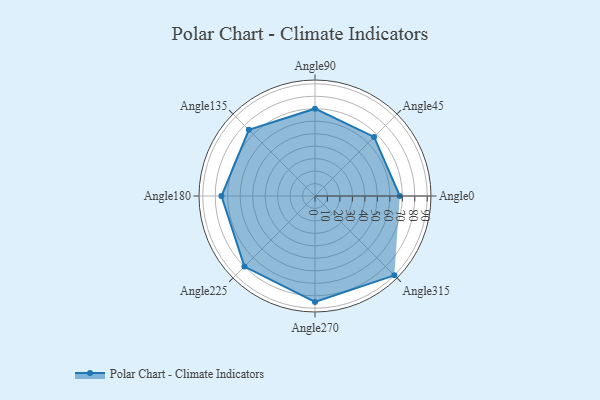
{"axis": {"x": "Angle", "y": "Radius"}, "legend": [""], "data": [{"x": "Angle0", "y": 68.0, "type": ""}, {"x": "Angle45", "y": 67.0, "type": ""}, {"x": "Angle90", "y": 70.0, "type": ""}, {"x": "Angle135", "y": 75.0, "type": ""}, {"x": "Angle180", "y": 75.0, "type": ""}, {"x": "Angle225", "y": 80.0, "type": ""}, {"x": "Angle270", "y": 85.0, "type": ""}, {"x": "Angle315", "y": 90.0, "type": ""}]}